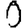
Digit: 0